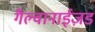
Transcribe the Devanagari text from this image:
गैल्वानाईज़ड